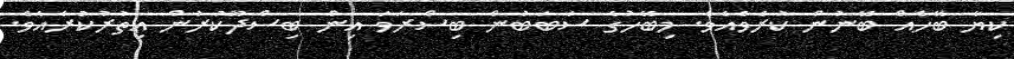
ކިޔާ ބޭހެއް ބޭނުން ކުރެވެއެވެ. މިބޭހުގެ ސަބަބުން ބިސްރަވަ އިން ބިސްދޫކުރުން އިތުރުކުރެއެވެ.